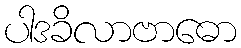
ပါဒခိလာဗာဓော